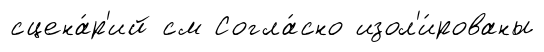
сцена́р'ий см Согла́сно изол'и́рованы